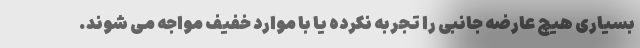
بسیاری هیچ عارضه جانبی را تجربه نکرده یا با موارد خفیف مواجه می شوند.